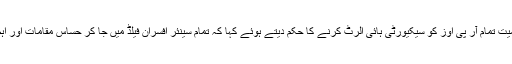
آئی جی پنجاب نے سی سی پی او لاہور سمیت تمام آر پی اوز کو سیکیورٹی ہائی الرٹ کرنے کا حکم دیتے ہوئے کہا کہ تمام سینئر افسران فیلڈ میں جا کر حساس مقامات اور اہم عمارات کی سیکیورٹی کا خود جائزہ لیں۔